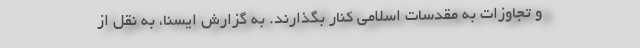
و تجاوزات به مقدسات اسلامی کنار بگذارند. به گزارش ایسنا، به نقل از